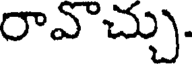
రావాచ్చు.